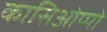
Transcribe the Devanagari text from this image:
कासिओप्पो